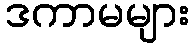
ဒကာမများ